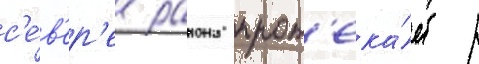
с'е́в'ер'е раиона прот'ека́ет р